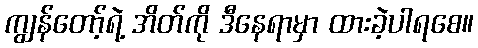
ကျွန်တော့်ရဲ့ အိတ်ကို ဒီနေရာမှာ ထားခဲ့ပါရစေ။